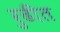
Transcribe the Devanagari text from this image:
रुढीत